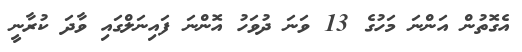
އެގޮތުން އަންނަ މަހުގެ 13 ވަނަ ދުވަހު އޮންނަ ފައިނަލްގައި ވާދަ ކުރާނީ